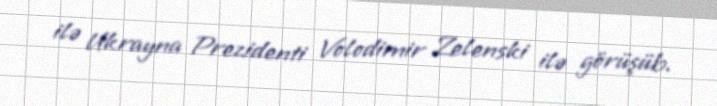
ilə Ukrayna Prezidenti Volodimir Zelenski ilə görüşüb.